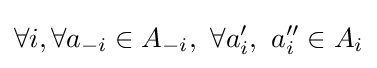
\forall i,\forall {a_{-i}\in A_{-i}},\ \forall {a'_{i},\ a''_{i}\in A_{i}}